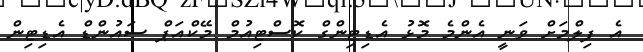
އެ ފިލްމަށް ވަނީ އެންމެ މޮޅު އެޑިޓިންގް ކޮސްޓިއުމް މޭކްއަޕް ސައުންޑް އެޑިޓިން